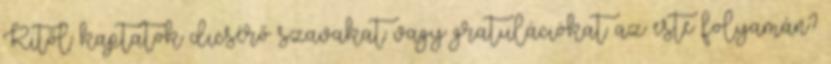
Kitől kaptatok dicsérő szavakat vagy gratulációkat az este folyamán?